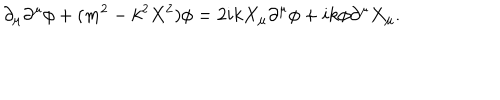
\partial _ { \mu } \partial ^ { \mu } \phi + ( m ^ { 2 } - k ^ { 2 } X ^ { 2 } ) \phi = 2 i k X _ { \mu } \partial ^ { \mu } \phi + i k \phi \partial ^ { \mu } X _ { \mu } .